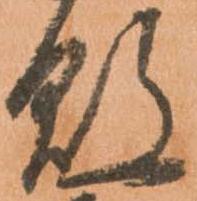
敗